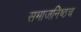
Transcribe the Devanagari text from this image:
समाजनिष्ठच